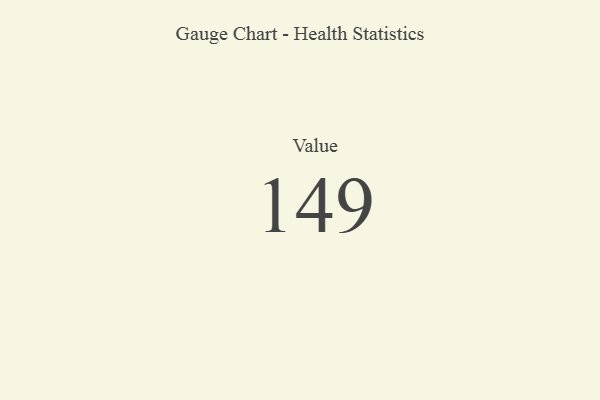
{"axis": {"x": "Metric", "y": "Value"}, "legend": [""], "data": [{"x": "Value", "y": 149, "type": ""}]}